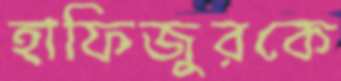
হাফিজুরকে